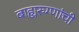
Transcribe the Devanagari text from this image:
बाह्यरुग्णांची